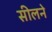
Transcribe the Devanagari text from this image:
सीलने